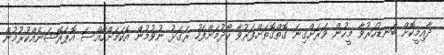
ދާއިމީކޮށް ބަނޑުހަރުވާ މީހުން ވަރަށްގިނަ ގޮތްގޮތަށްފަރުވާ ހޯދުމަށްފަހު ރަގަޅު ނުވުމުން އެކަމަށްހާއްސަ އޮޕަރޭޝަނެއްކުރުމުން